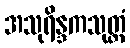
အသုရိန္ဒကသုတ္တံ